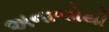
અનાજોથી